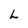
Character: L